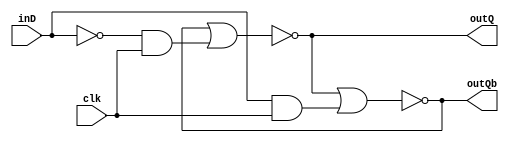
`timescale 1ns / 1ps



module d_flipflop(
outQ, outQb, inD, clk
    );
    input inD;
    input clk;
    
    output outQ;
    output outQb;
    
    assign outQ = ~(outQb | ((~inD)&clk));
    assign outQb = ~(outQ | (inD&clk));
    
endmodule